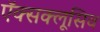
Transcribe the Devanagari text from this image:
ऍक्सक्लूसिव